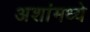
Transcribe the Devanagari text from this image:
अशांमध्ये